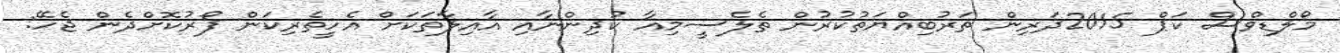
މޯލްޑިވްސް ކަޕް 2015ދަރިން ތަރުބިއްޔަތުކުރުން ތެލެސީމިއާ ކުދިންނާއި އާއިލާތަކަށް އެހީތެރިކަން ފޯރުކޮށްދެން ޖެހޭ: